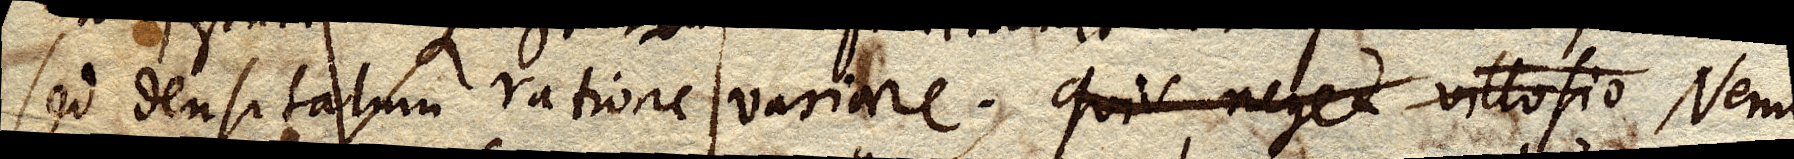
sed densitatum ratione variare. quis neget villosio Nemo